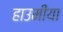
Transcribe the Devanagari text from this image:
हाउमीया